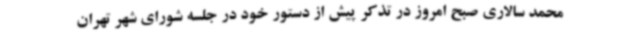
محمد سالاری صبح امروز در تذکر پیش از دستور خود در جلسه شورای شهر تهران